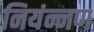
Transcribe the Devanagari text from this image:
नियंन्नण